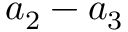
a _ { 2 } - a _ { 3 }